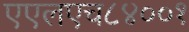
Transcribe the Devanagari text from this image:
एएलएच८४००१